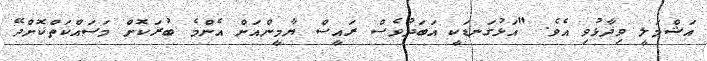
އަޝްމަލީ ވިދާޅުވި އެވެ. "އަޅުގަނޑަކީ އަބަދުވެސް ރައީސް ޔާމީންއަށް އެންމެ ބުރަކޮށް މަސައްކަތްކޮށްދޭ